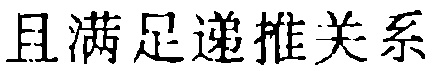
且满足递推关系